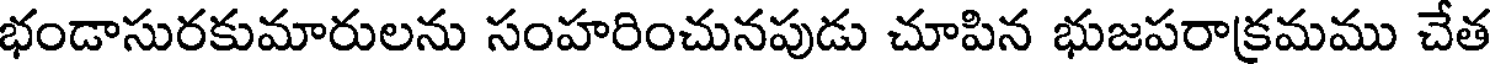
భండాసురకుమారులను సంహరించునపుడు చూపిన భుజపరాక్రమము చేత